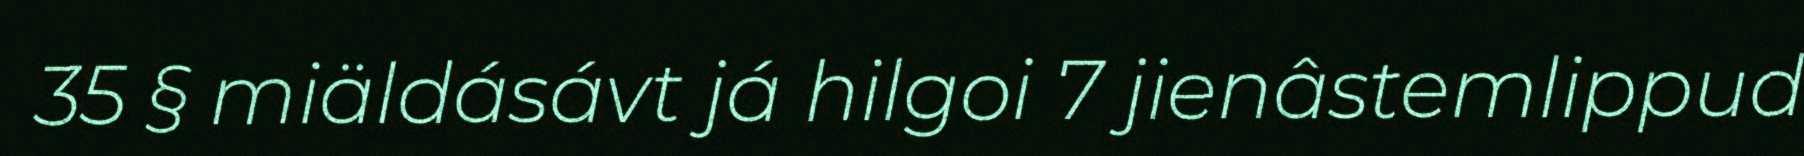
35 § miäldásávt já hilgoi 7 jienâstemlippud